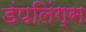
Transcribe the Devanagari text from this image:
डंपलिंग्स